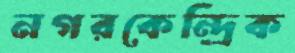
নগরকেন্দ্রিক